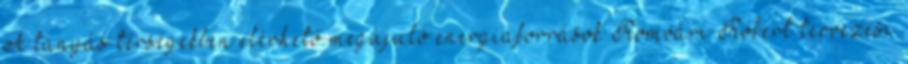
A tanyás térségekben elérhető megújuló energiaforrások Romvári Róbert tervezési